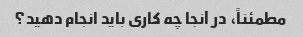
مطمئناً، در آنجا چه کاری باید انجام دهید؟